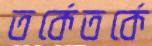
তর্কেতর্কে